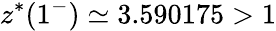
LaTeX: z^{*}(1^{-})\simeq 3.590175>1